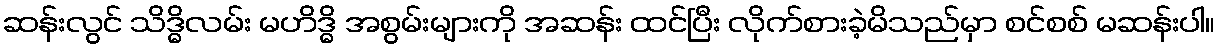
ဆန်းလွင် သိဒ္ဓိလမ်း မဟိဒ္ဓိ အစွမ်းများကို အဆန်း ထင်ပြီး လိုက်စားခဲ့မိသည်မှာ စင်စစ် မဆန်းပါ။